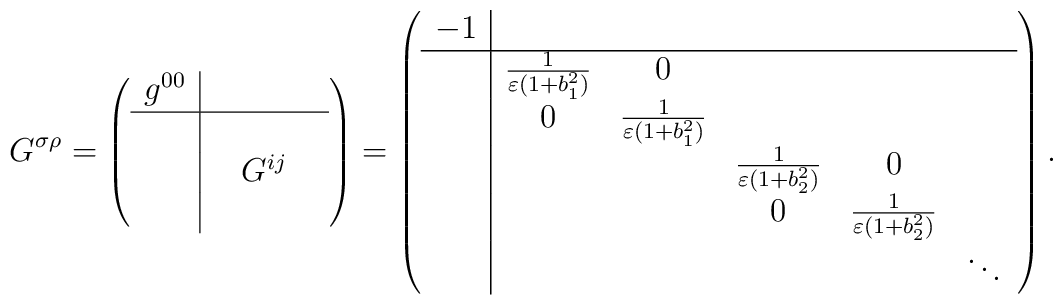
G^{\sigma\rho}=\left(  \begin{array}{c|ccc}   g^{00}& & & \\ \hline       {}& & & \\       {}& &G^{ij}& \\       {}& & &  \end{array}\right)=\left( \begin{array}{c|ccccc}-1 & & & & &\\ \hline &\frac{1}{\varepsilon(1+b_1^2)}&0& & & \\ &0&\frac{1}{\varepsilon(1+b_1^2)}& & & \\ & & &\frac{1}{\varepsilon(1+b_2^2)}&0&  \\ & & &0&\frac{1}{\varepsilon(1+b_2^2)}& \\ & & & & &\ddots \\ \end{array} \right).